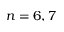
n = 6 , 7